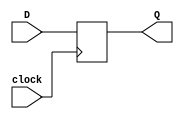
`timescale 1ns / 1ps
//////////////////////////////////////////////////////////////////////////////////
// Company: 
// Engineer: 
// 
// Design Name: 
// Module Name: dff
// Project Name: 
// Target Devices: 
// Tool Versions: 
// Description: 
// 
// Dependencies: 
// 
// Revision:
// Revision 0.01 - File Created
// Additional Comments:
// 
//////////////////////////////////////////////////////////////////////////////////


module dff(input clock, D, output reg Q = 0);
    always @(posedge clock)
        begin
        Q <= D;
        end
endmodule